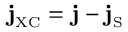
{ \bf j } _ { \scriptscriptstyle \mathrm { X C } } = { \bf j } - { \bf j } _ { \scriptscriptstyle \mathrm { S } }